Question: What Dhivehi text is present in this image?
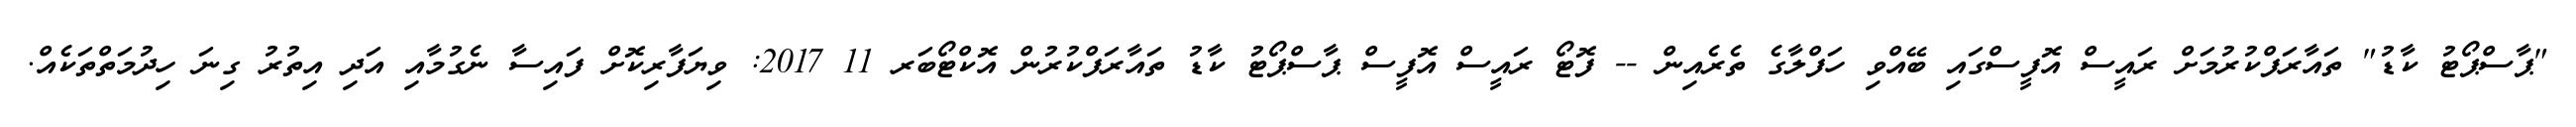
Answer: "ޕާސްޕޯޓު ކާޑު" ތައާރަފްކުރުމަށް ރައީސް އޮފީސްގައި ބޭއްވި ހަފްލާގެ ތެރެއިން -- ފޮޓޯ ރައީސް އޮފީސް ޕާސްޕޯޓު ކާޑު ތައާރަފްކުރުން އޮކްޓޯބަރ 11 2017: ވިޔަފާރިކޮށް ފައިސާ ނެގުމާއި އަދި އިތުރު ގިނަ ހިދުމަތްތަކެއް.